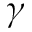
\gamma